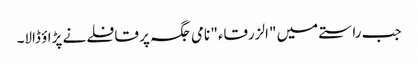
جب راستے میں "الزرقاء" نامی جگہ پر قافلے نے پڑاؤ ڈالا۔